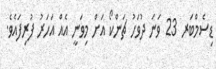
ޑިސެމްބަރ 23 ވަނަ ދުވަހު ޗަންކޯ އަށް މިވަނީ އެއް އަހަރު ފުރިފައެވެ.